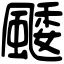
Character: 䬐